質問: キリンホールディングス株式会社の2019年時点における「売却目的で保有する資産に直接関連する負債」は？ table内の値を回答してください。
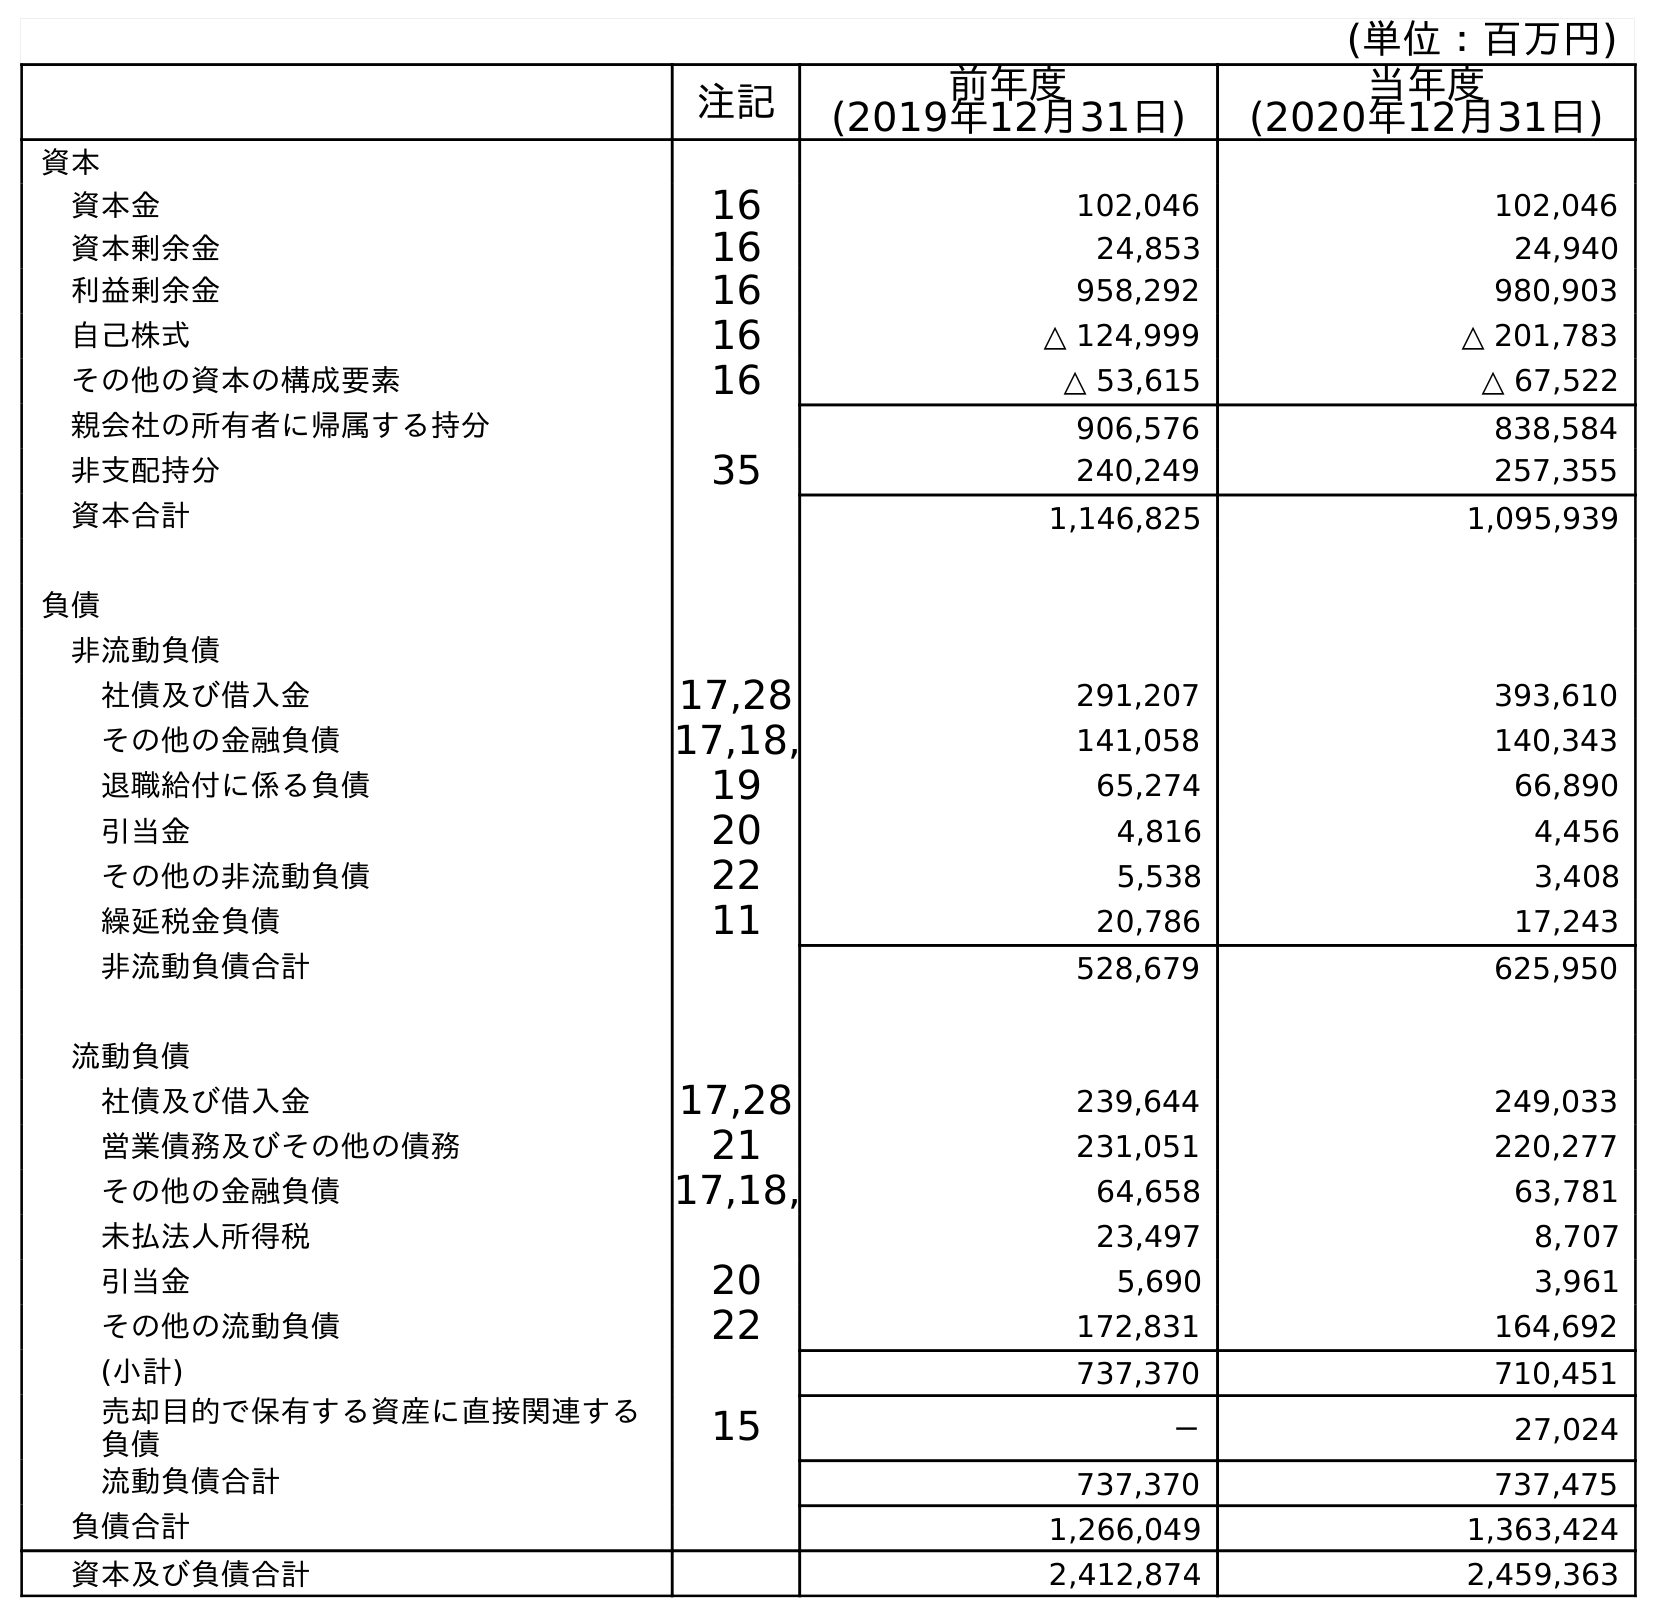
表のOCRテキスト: (単位：百万円) 注記 前年度 (2019年12月31日) 当年度 (2020年12月31日) 資本 資本金 16 102,046 102,046 資本剰余金 16 24,853 24,940 利益剰余金 16 958,292 980,903 自己株式 16 △ 124,999 △ 201,783 その他の資本の構成要素 16 △ 53,615 △ 67,522 親会社の所有者に帰属する持分 906,576 838,584 非支配持分 35 240,249 257,355 資本合計 1,146,825 1,095,939 負債 非流動負債 社債及び借入金 17,28 291,207 393,610 その他の金融負債 17,18, 141,058 140,343 退職給付に係る負債 19 65,274 66,890 引当金 20 4,816 4,456 その他の非流動負債 22 5,538 3,408 繰延税金負債 11 20,786 17,243 非流動負債合計 528,679 625,950 流動負債 社債及び借入金 17,28 239,644 249,033 営業債務及びその他の債務 21 231,051 220,277 その他の金融負債 17,18, 64,658 63,781 未払法人所得税 23,497 8,707 引当金 20 5,690 3,961 その他の流動負債 22 172,831 164,692 (小計) 737,370 710,451 売却目的で保有する資産に直接関連する 負債 15 － 27,024 流動負債合計 737,370 737,475 負債合計 1,266,049 1,363,424 資本及び負債合計 2,412,874 2,459,363
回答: －